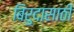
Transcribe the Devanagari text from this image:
बिरुदासाठी